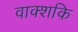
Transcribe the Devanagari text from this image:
वाक्शकि